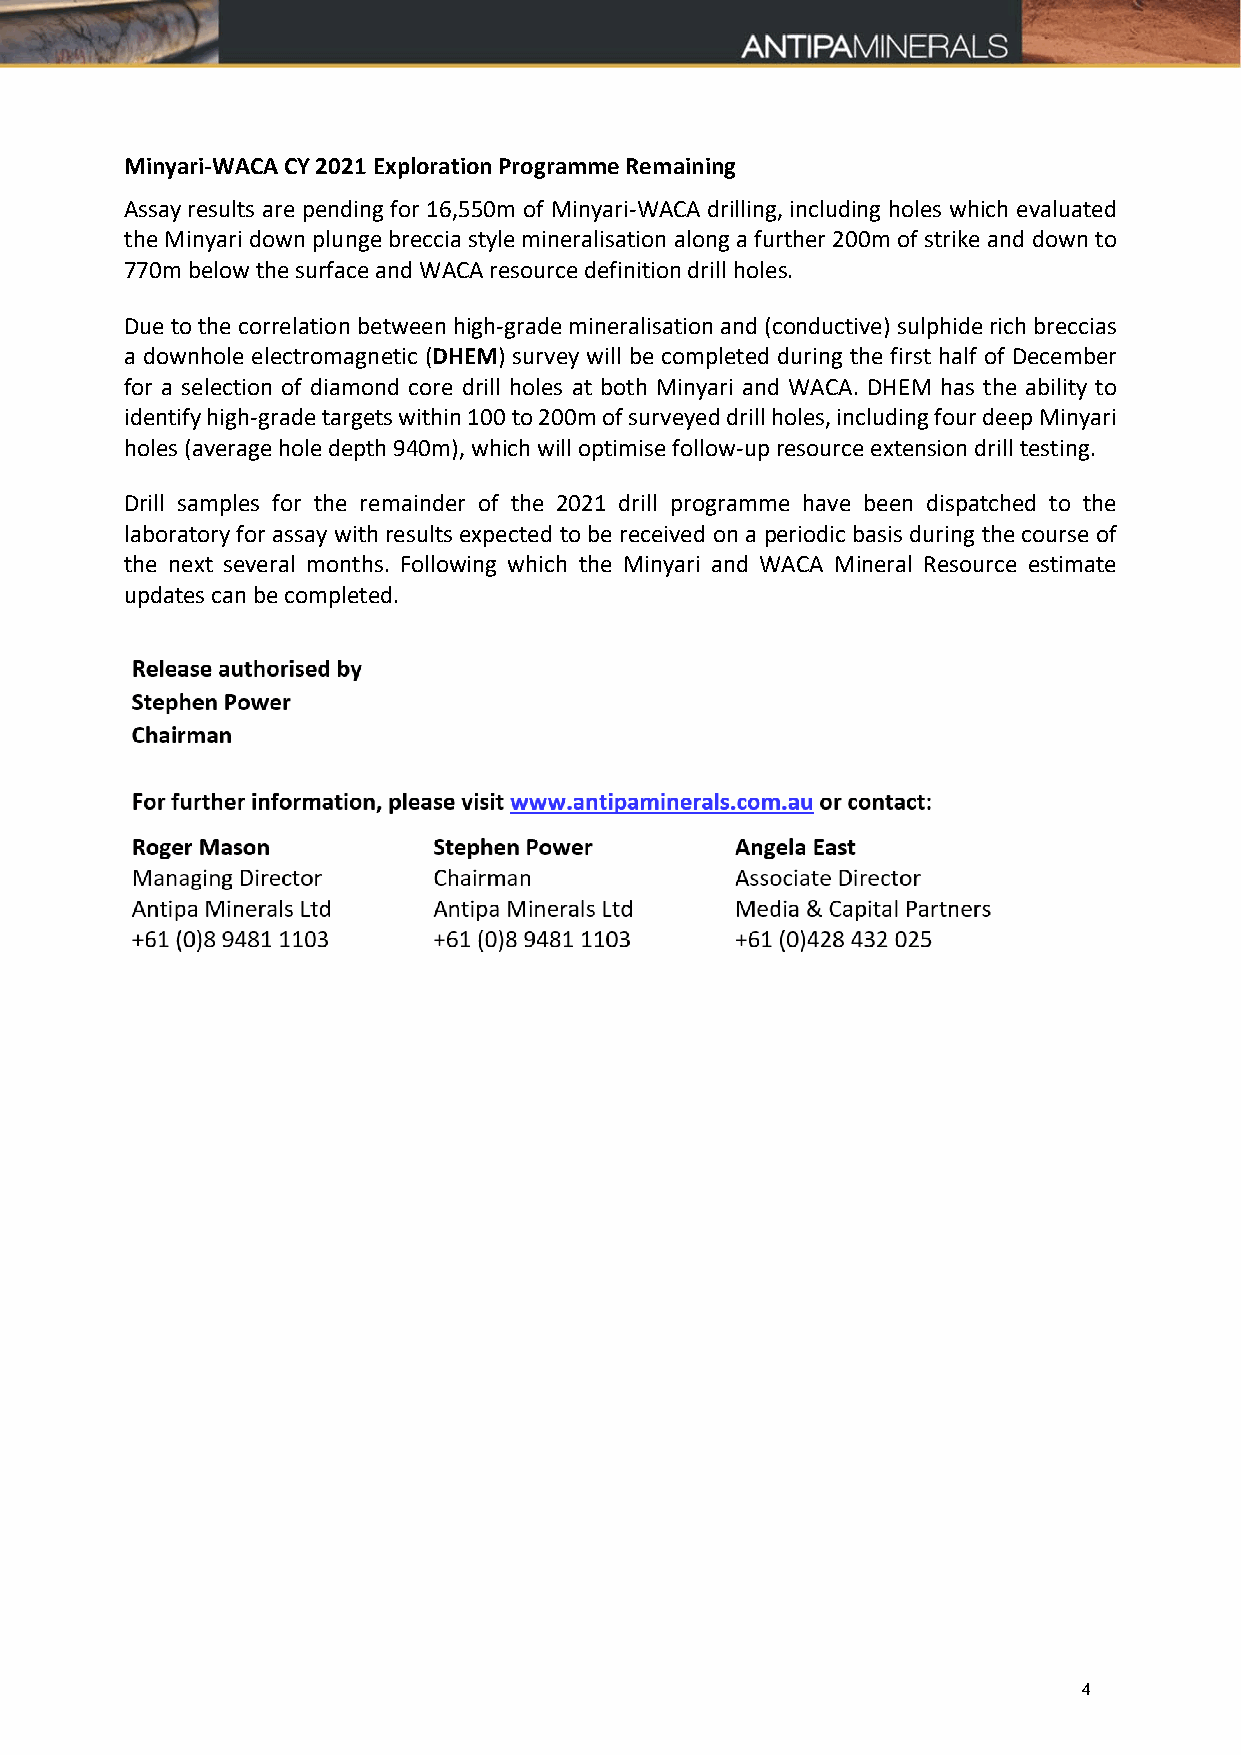
Minyari-WACA CY 2021 Exploration Programme Remaining
 Assay results are pending for 16,550m of Minyari‐WACA drilling, including holes which evaluated
 the Minyari down plunge breccia style mineralisation along a further 200m of strike and down to
 770m below the surface and WACA resource definition drill holes.
 Due to the correlation between high‐grade mineralisation and (conductive) sulphide rich breccias
 a downhole electromagnetic (DHEM) survey will be completed during the first half of December
 for a selection of diamond core drill holes at both Minyari and WACA. DHEM has the ability to
 identify high‐grade targets within 100 to 200m of surveyed drill holes, including four deep Minyari
 holes (average hole depth 940m), which will optimise follow‐up resource extension drill testing.
 Drill samples for the remainder of the 2021 drill programme have been dispatched to the
 laboratory for assay with results expected to be received on a periodic basis during the course of
 the next several months. Following which the Minyari and WACA Mineral Resource estimate
 updates can be completed.
 4